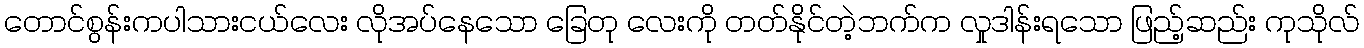
တောင်စွန်းကပါသားငယ်လေး လိုအပ်နေသော ခြေတု လေးကို တတ်နိုင်တဲ့ဘက်က လှုဒါန်းရသော ဖြည့်ဆည်း ကုသိုလ်